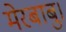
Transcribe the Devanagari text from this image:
मेरबाबु।